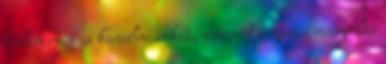
talán nem is kerülne sokba, viszont a gyors reagálás